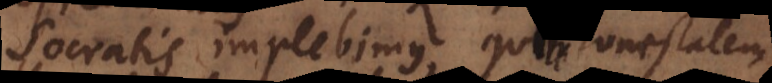
Socratis implebimus, qui honestatem